画像に写った文字を読んでください
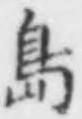
「島」と書いてあります